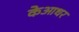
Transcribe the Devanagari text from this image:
केआधर